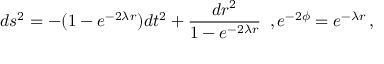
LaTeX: d s ^ { 2 } = - ( 1 - e ^ { - 2 \lambda r } ) d t ^ { 2 } + \frac { d r ^ { 2 } } { 1 - e ^ { - 2 \lambda r } } \, \, \, , e ^ { - 2 \phi } = e ^ { - \lambda r } \, ,